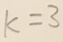
k = 3